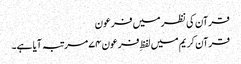
قرآن کی نظر میں فرعون
قرآن کریم میں لفظِ فرعون ۷۴ مرتبہ آیا ہے۔